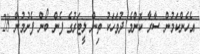
އެހެންކަމުން ސާރާ ކޮންމެ ދުވަހަކު ތިން ލީޓަރުގެ ފެން ބޯން ފެށުމުން 28